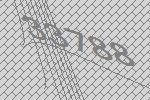
33788